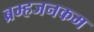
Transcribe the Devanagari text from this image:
ब्रम्हजनकम